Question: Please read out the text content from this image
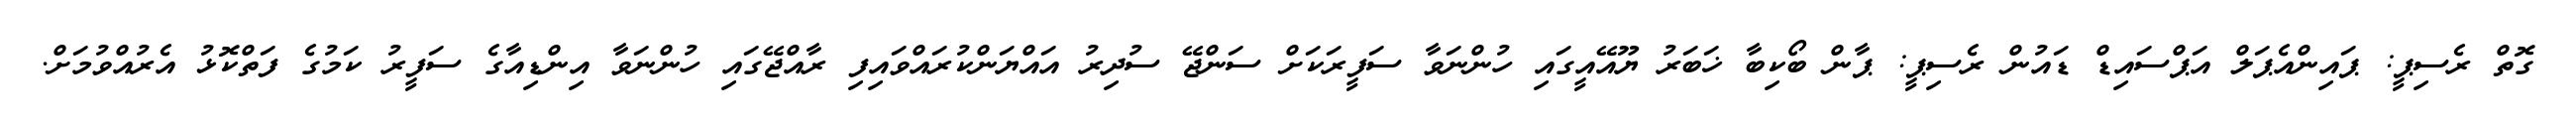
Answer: ގޮތް ރެސިޕީ: ޕައިންއެޕަލް އަޕްސައިޑް ޑައުން ރެސިޕީ: ޕާން ބޯކިބާ ޚަބަރު ޔޫއޭއީގައި ހުންނަވާ ސަފީރަކަށް ސަންޖޭ ސުދިރު އައްޔަންކުރައްވައިފި ރާއްޖޭގައި ހުންނަވާ އިންޑިއާގެ ސަފީރު ކަމުގެ ފަތްކޮޅު އެރުއްވުމަށް.